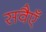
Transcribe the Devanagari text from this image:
सवैएँ